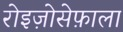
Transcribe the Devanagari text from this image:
रोइज़ोसेफ़ाला